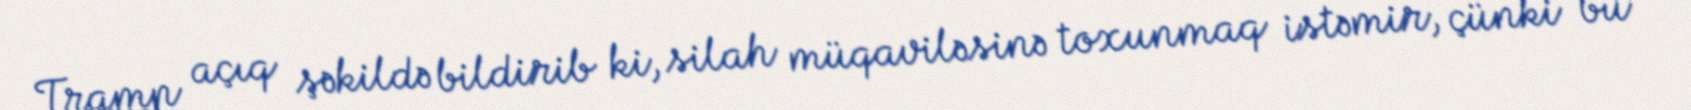
Tramp açıq şəkildə bildirib ki, silah müqaviləsinə toxunmaq istəmir, çünki bu